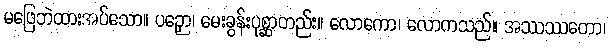
မဖြေဘဲထားအပ်သော။ ပဉှော၊ မေးခွန်းပုစ္ဆာတည်း။ လောကော၊ လောကသည်။ အဿဿတော၊